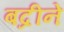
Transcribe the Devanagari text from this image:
बद्रीने